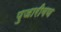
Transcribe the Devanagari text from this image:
पुजारीगण